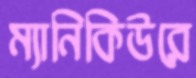
ম্যানিকিউরে